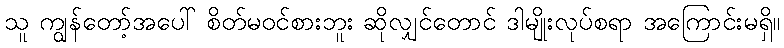
သူ ကျွန်တော့်အပေါ် စိတ်မဝင်စားဘူး ဆိုလျှင်တောင် ဒါမျိုးလုပ်စရာ အကြောင်းမရှိ။